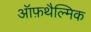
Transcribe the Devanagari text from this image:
ऑफ़थैल्मिक